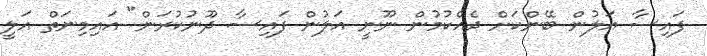
ފައިސާ އަލުން ބޭންކަށް ދެއްކުމުން ނޫނީ އަލުން ފައިސާ ދޫނުކުރަން" އައިމިނަތް އަލީ